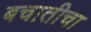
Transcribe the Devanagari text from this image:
बचातीचा